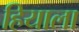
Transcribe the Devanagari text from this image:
हियाला